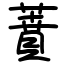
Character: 蕡